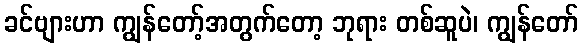
ခင်ဗျားဟာ ကျွန်တော့်အတွက်တော့ ဘုရား တစ်ဆူပဲ၊ ကျွန်တော်